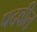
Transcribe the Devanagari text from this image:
पदवीत